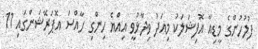
ފުލުހުންގެ މީޑިއާ އޮފިޝަލަކު މިއަދު ވިދާޅުވީ އިއްޔެ ހިންގި ހާއްސަ އޮޕަރޭޝަންގައި 11